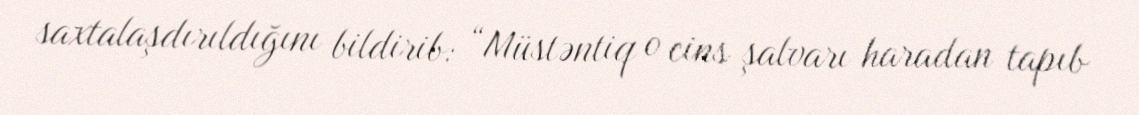
saxtalaşdırıldığını bildirib: “Müstəntiq o cins şalvarı haradan tapıb